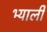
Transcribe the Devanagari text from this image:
भ्याली